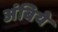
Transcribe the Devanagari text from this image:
अंबिये